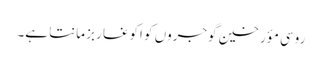
روسی مؤرخین گوجروں کو اکوغا ربز مانتا ہے۔